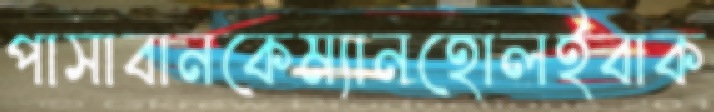
পাসাবানকেম্যানহোলইবাক